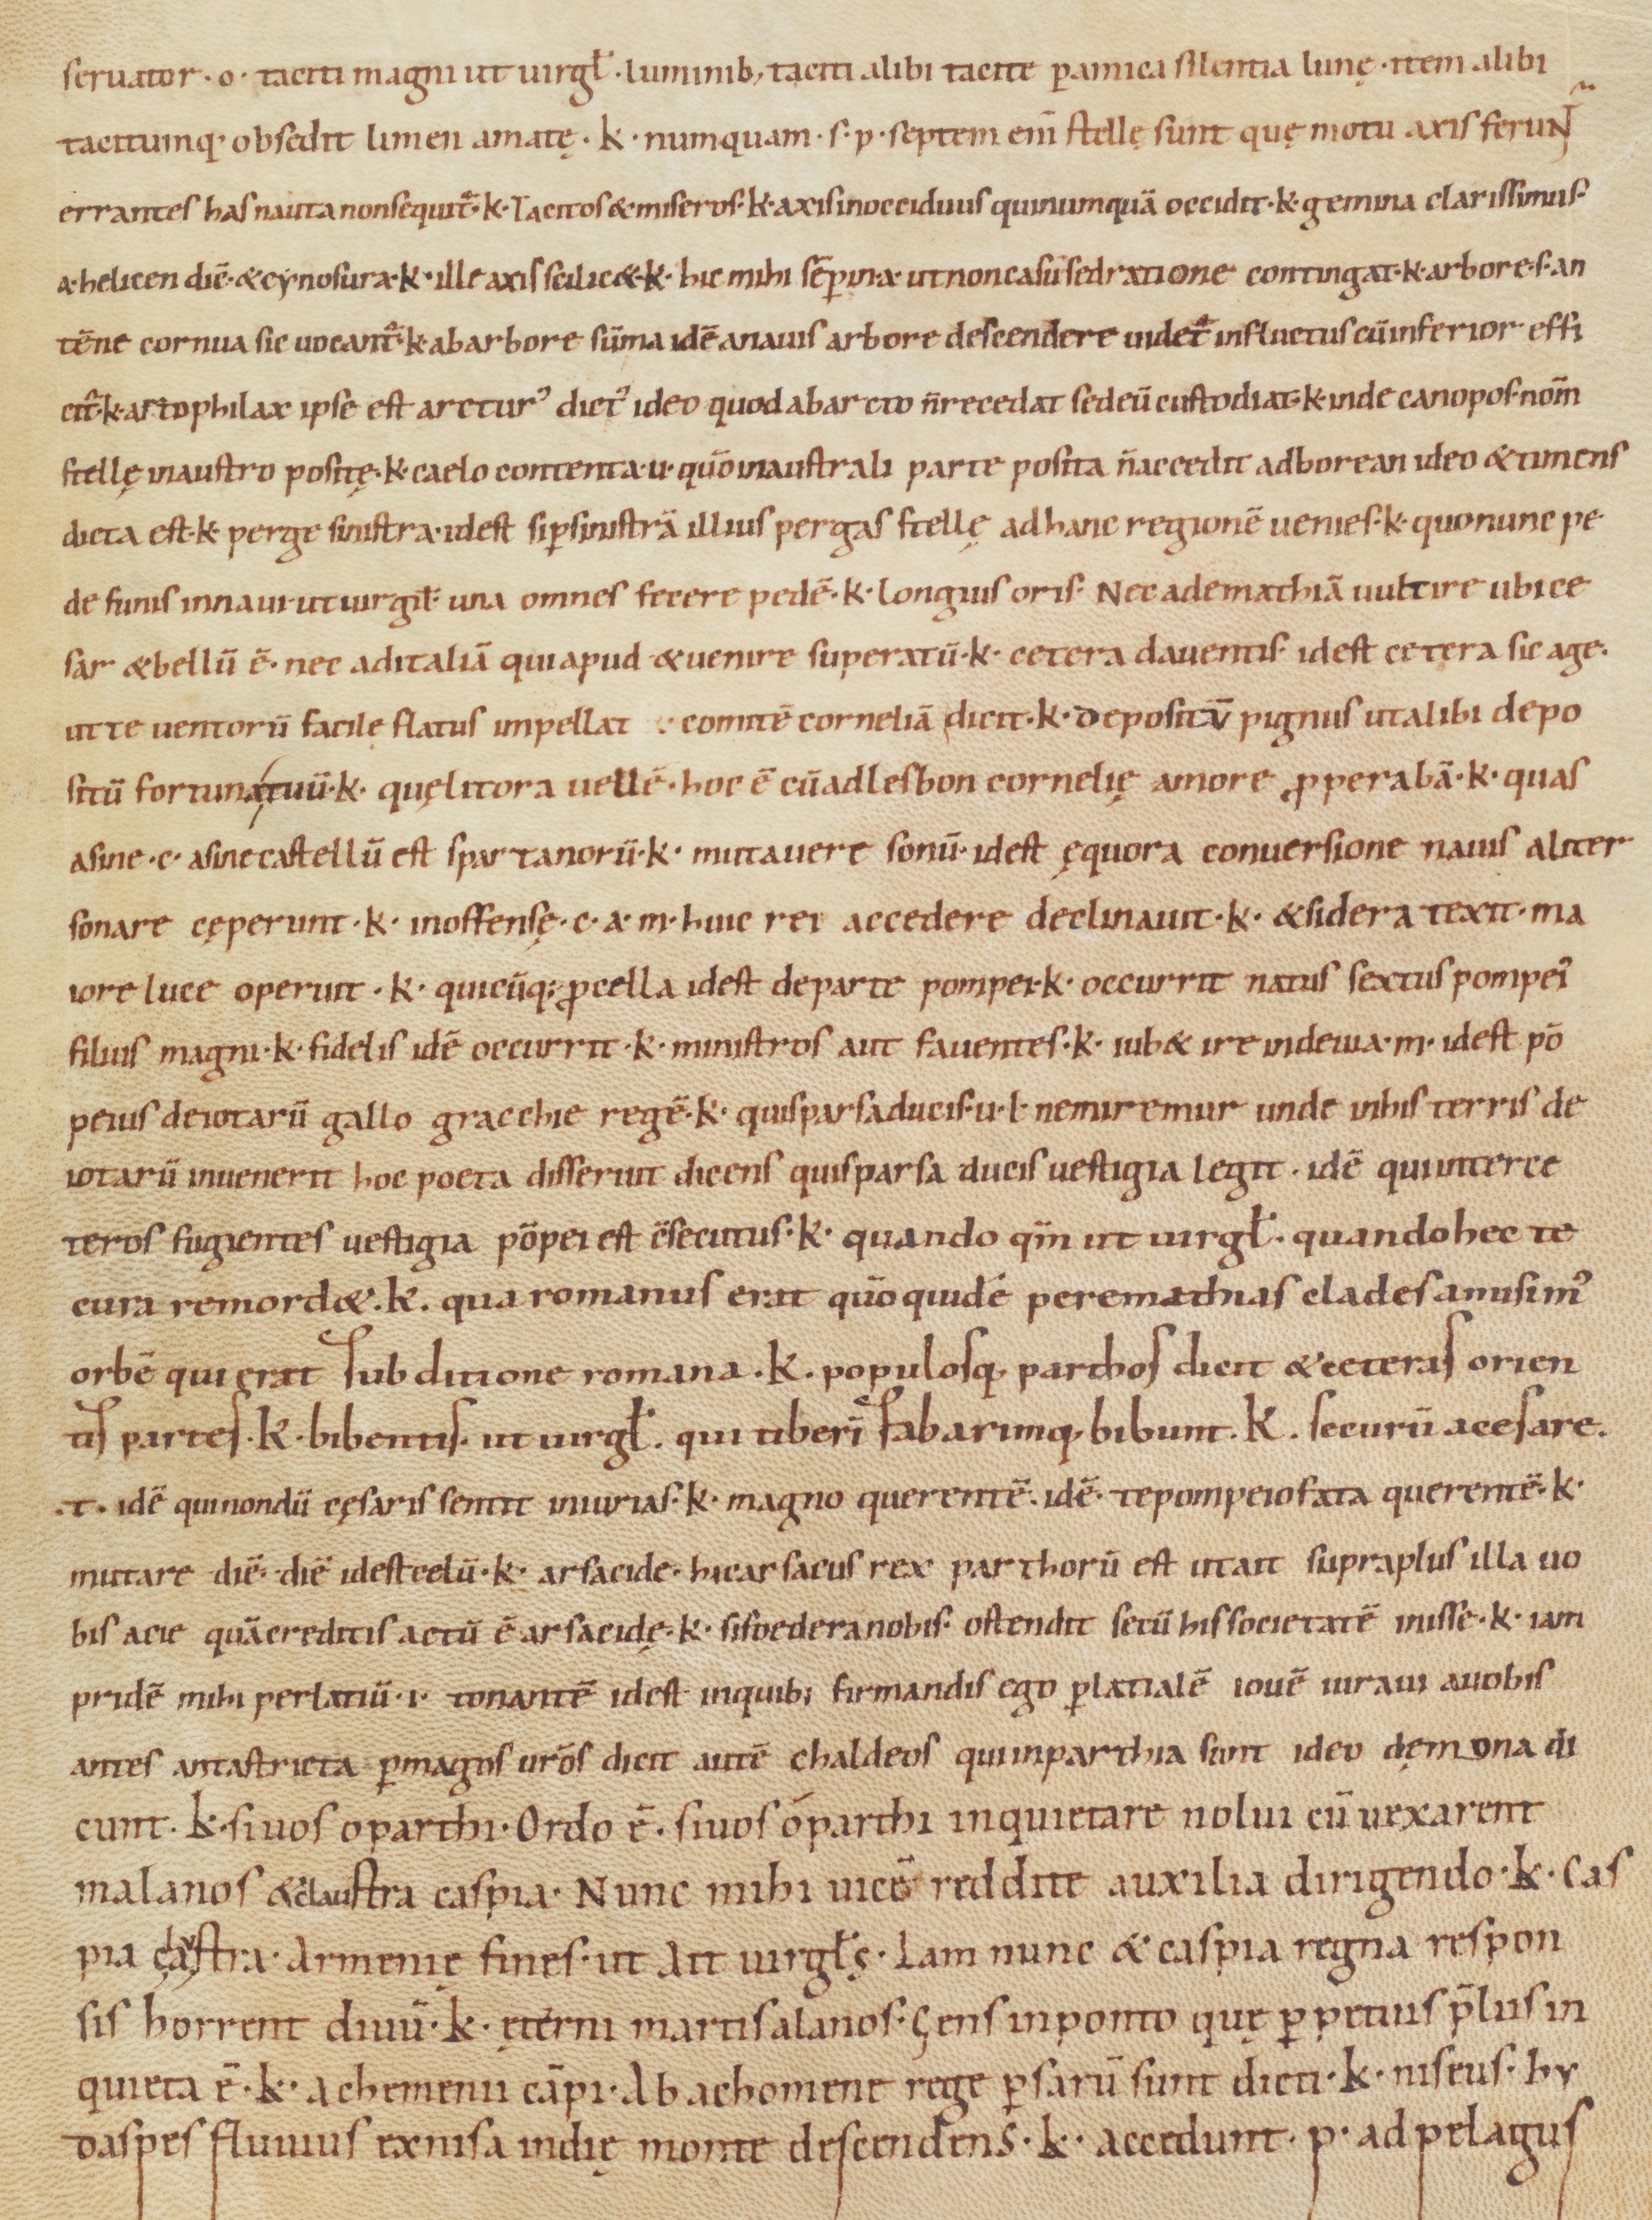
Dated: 1000–1099